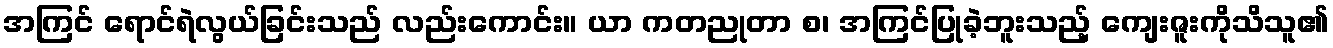
အကြင် ရောင်ရဲလွယ်ခြင်းသည် လည်းကောင်း။ ယာ ကတညုတာ စ၊ အကြင်ပြုခဲ့ဘူးသည့် ကျေးဇူးကိုသိသူ၏